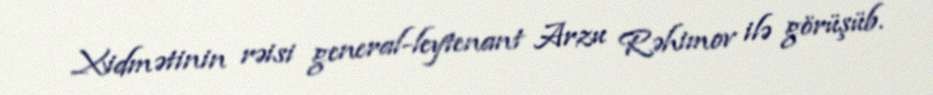
Xidmətinin rəisi general-leytenant Arzu Rəhimov ilə görüşüb.